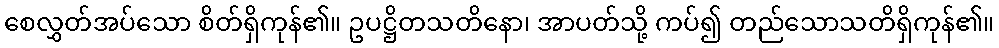
စေလွှတ်အပ်သော စိတ်ရှိကုန်၏။ ဥပဋ္ဌိတသတိနော၊ အာပတ်သို့ ကပ်၍ တည်သောသတိရှိကုန်၏။